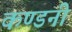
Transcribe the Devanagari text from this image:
कण्डनी